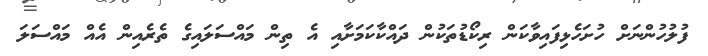
ފުލުހުންނަށް ހުށަހެޅިފައިވާކަން ރިކޯޑުތަކުން ދައްކާކަމަށާއި އެ ތިން މައްސަލައިގެ ތެރެއިން އެއް މައްސަލަ